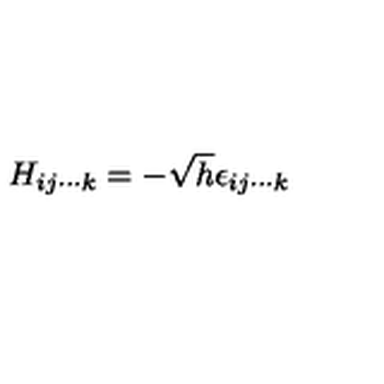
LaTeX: H _ { i j \cdots k } = - \sqrt { h } \epsilon _ { i j \cdots k }